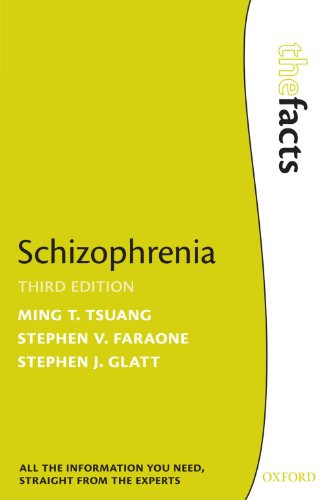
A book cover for Schizophrenia (Facts); Ming T. Tsuang; Health, Fitness & Dieting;